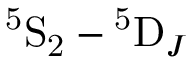
\mathrm { ^ 5 S _ { 2 } } - \mathrm { ^ 5 D } _ { J }